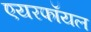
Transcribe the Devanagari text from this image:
एयरफॉयल